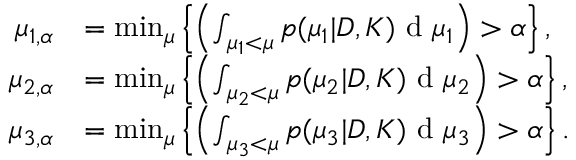
\begin{array} { r l } { \mu _ { 1 , \alpha } } & { = \operatorname* { m i n } _ { \mu } \left\{ \left( \int _ { \mu _ { 1 } < \mu } p ( \mu _ { 1 } | D , K ) \textup { d } \mu _ { 1 } \right) > \alpha \right\} , } \\ { \mu _ { 2 , \alpha } } & { = \operatorname* { m i n } _ { \mu } \left\{ \left( \int _ { \mu _ { 2 } < \mu } p ( \mu _ { 2 } | D , K ) \textup { d } \mu _ { 2 } \right) > \alpha \right\} , } \\ { \mu _ { 3 , \alpha } } & { = \operatorname* { m i n } _ { \mu } \left\{ \left( \int _ { \mu _ { 3 } < \mu } p ( \mu _ { 3 } | D , K ) \textup { d } \mu _ { 3 } \right) > \alpha \right\} . } \end{array}